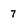
Character: 7